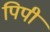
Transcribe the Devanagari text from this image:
पिपी